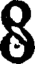
8